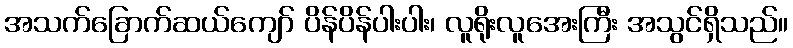
အသက်ခြောက်ဆယ်ကျော် ပိန်ပိန်ပါးပါး၊ လူရိုးလူအေးကြီး အသွင်ရှိသည်။